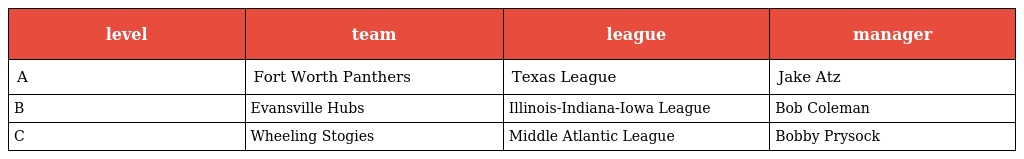
| level | team | league | manager |
 | --- | --- | --- | --- |
 | A | Fort Worth Panthers | Texas League | Jake Atz |
 | B | Evansville Hubs | Illinois-Indiana-Iowa League | Bob Coleman |
 | C | Wheeling Stogies | Middle Atlantic League | Bobby Prysock |